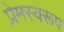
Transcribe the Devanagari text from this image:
प्रेमस्वरूप